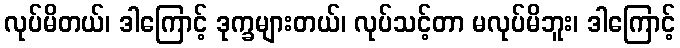
လုပ်မိတယ်၊ ဒါကြောင့် ဒုက္ခများတယ်၊ လုပ်သင့်တာ မလုပ်မိဘူး၊ ဒါကြောင့်